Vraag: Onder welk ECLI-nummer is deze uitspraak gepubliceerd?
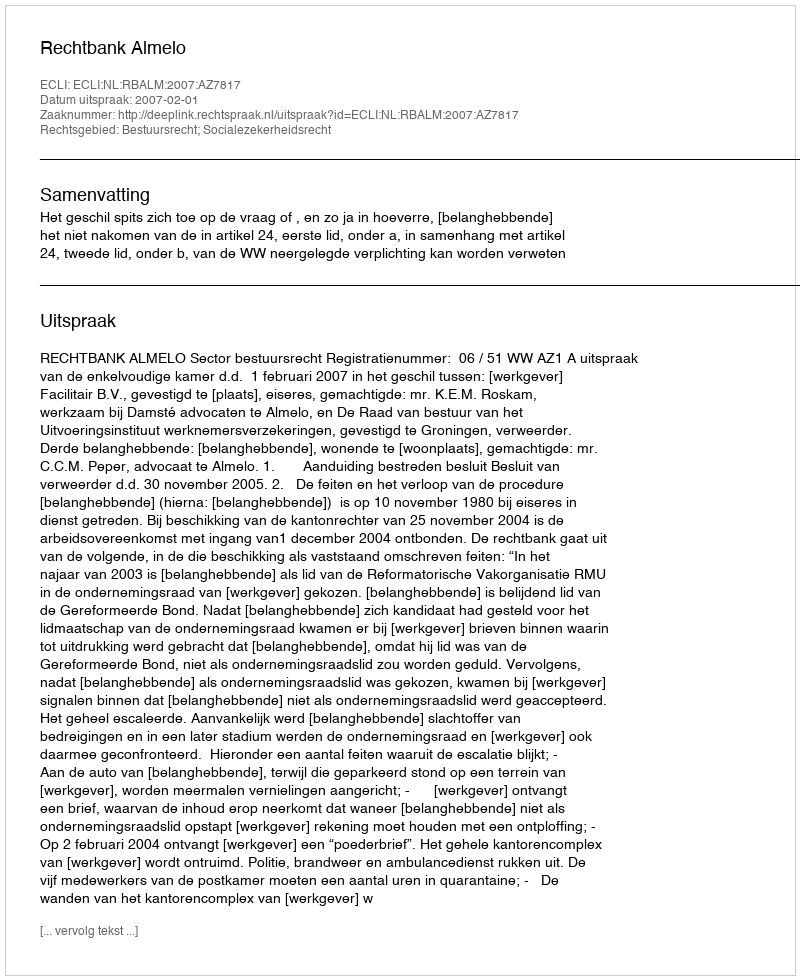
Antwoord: ECLI:NL:RBALM:2007:AZ7817